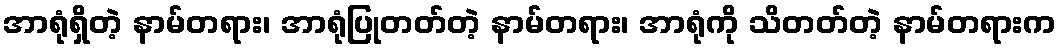
အာရုံရှိတဲ့ နာမ်တရား၊ အာရုံပြုတတ်တဲ့ နာမ်တရား၊ အာရုံကို သိတတ်တဲ့ နာမ်တရားက